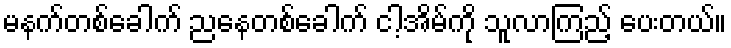
မနက်တစ်ခေါက် ညနေတစ်ခေါက် ငါ့အိမ်ကို သူလာကြည့် ပေးတယ်။